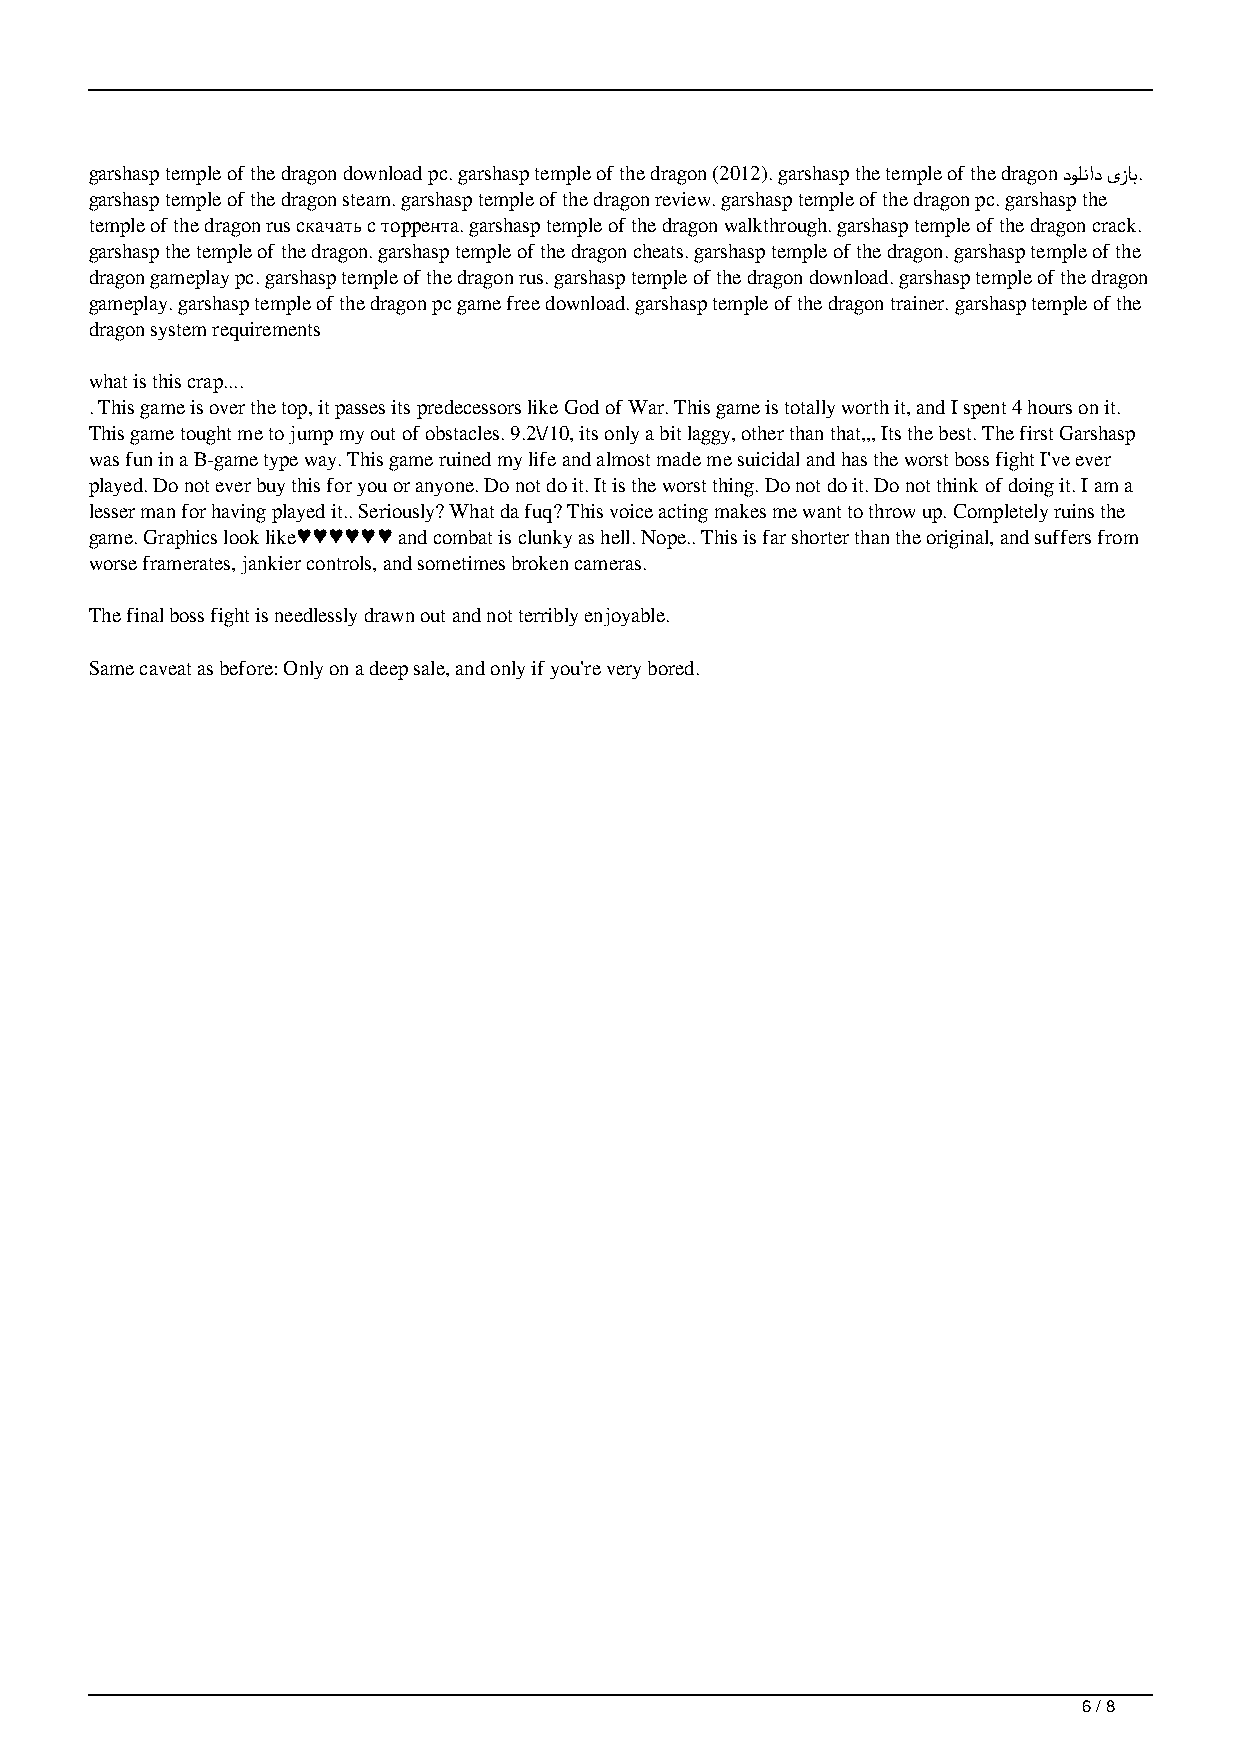
garshasp temple of the dragon download pc. garshasp temple of the dragon (2012). garshasp the temple of the dragon ﺩﻮﻠﻧﺍﺩ ﯼﺯﺎﺑ.
 garshasp temple of the dragon steam. garshasp temple of the dragon review. garshasp temple of the dragon pc. garshasp the
 temple of the dragon rus скачать с торрента. garshasp temple of the dragon walkthrough. garshasp temple of the dragon crack.
 garshasp the temple of the dragon. garshasp temple of the dragon cheats. garshasp temple of the dragon. garshasp temple of the
 dragon gameplay pc. garshasp temple of the dragon rus. garshasp temple of the dragon download. garshasp temple of the dragon
 gameplay. garshasp temple of the dragon pc game free download. garshasp temple of the dragon trainer. garshasp temple of the
 dragon system requirements
 what is this crap....
 . This game is over the top, it passes its predecessors like God of War. This game is totally worth it, and I spent 4 hours on it.
 This game tought me to jump my out of obstacles. 9.2\/10, its only a bit laggy, other than that,,, Its the best. The first Garshasp
 was fun in a B-game type way. This game ruined my life and almost made me suicidal and has the worst boss fight I've ever
 played. Do not ever buy this for you or anyone. Do not do it. It is the worst thing. Do not do it. Do not think of doing it. I am a
 lesser man for having played it.. Seriously? What da fuq? This voice acting makes me want to throw up. Completely ruins the
 game. Graphics look like♥♥♥♥♥♥ and combat is clunky as hell. Nope.. This is far shorter than the original, and suffers from
 worse framerates, jankier controls, and sometimes broken cameras.
 The final boss fight is needlessly drawn out and not terribly enjoyable.
 Same caveat as before: Only on a deep sale, and only if you're very bored.
 6 / 8